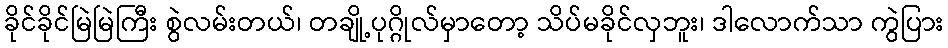
ခိုင်ခိုင်မြဲမြဲကြီး စွဲလမ်းတယ်၊ တချို့ပုဂ္ဂိုလ်မှာတော့ သိပ်မခိုင်လှဘူး၊ ဒါလောက်သာ ကွဲပြား